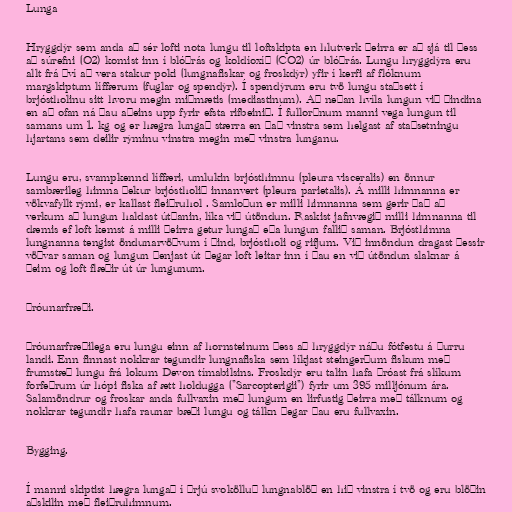
Lunga

Hryggdýr sem anda að sér lofti nota lungu til loftskipta en hlutverk þeirra er að sjá til þess
að súrefni (O2) komist inn í blóðrás og koldíoxíð (CO2) úr blóðrás. Lungu hryggdýra eru
allt frá því að vera stakur poki (lungnafiskar og froskdýr) yfir í kerfi af flóknum
margskiptum líffærum (fuglar og spendýr). Í spendýrum eru tvö lungu staðsett í
brjóstholinu sitt hvoru megin miðmætis (mediastinum). Að neðan hvíla lungun við þindina
en að ofan ná þau aðeins upp fyrir efsta rifbeinið. Í fullorðnum manni vega lungun til
samans um 1. kg og er hægra lungað stærra en það vinstra sem helgast af staðsetningu
hjartans sem deilir rýminu vinstra megin með vinstra lunganu.

Lungu eru, svampkennd líffæri, umlukin brjósthimnu (pleura visceralis) en önnur
sambærileg himna þekur brjóstholið innanvert (pleura parietalis). Á milli himnanna er
vökvafyllt rými, er kallast fleiðruhol . Samloðun er milli himnanna sem gerir það að
verkum að lungun haldast útþanin, líka við útöndun. Raskist jafnvægið milli himnanna til
dæmis ef loft kemst á milli þeirra getur lungað eða lungun fallið saman. Brjósthimna
lungnanna tengist öndunarvöðvum í þind, brjóstholi og rifjum. Við innöndun dragast þessir
vöðvar saman og lungun þenjast út þegar loft leitar inn í þau en við útöndun slaknar á
þeim og loft flæðir út úr lungunum.

Þróunarfræði.

Þróunarfræðilega eru lungu einn af hornsteinum þess að hryggdýr náðu fótfestu á þurru
landi. Enn finnast nokkrar tegundir lungnafiska sem líkjast steingerðum fiskum með
frumstæð lungu frá lokum Devon tímabilsins. Froskdýr eru talin hafa þróast frá slíkum
forfeðrum úr hópi fiska af ætt holdugga ("Sarcopterigii") fyrir um 395 milljónum ára.
Salamöndrur og froskar anda fullvaxin með lungum en lirfustig þeirra með tálknum og
nokkrar tegundir hafa raunar bæði lungu og tálkn þegar þau eru fullvaxin.

Bygging.

Í manni skiptist hægra lungað í þrjú svokölluð lungnablöð en hið vinstra í tvö og eru blöðin
aðskilin með fleiðruhimnum.